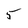
Character: 5